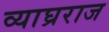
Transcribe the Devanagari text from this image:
व्याघ्रराज